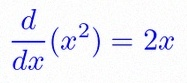
\frac{d}{dx}(x^2)=2x